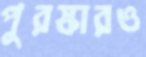
পুরস্কারও